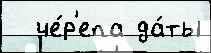
  че́р'епа да́ты